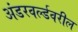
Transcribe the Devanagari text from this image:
अंडरवर्ल्डवरील